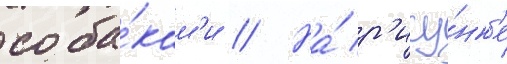
соба́кам'и // На́ р'ису́нк'е